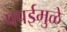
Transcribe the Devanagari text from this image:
पपईमुळे